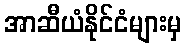
အာဆီယံနိုင်ငံများမှ